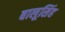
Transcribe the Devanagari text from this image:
बालूसिंह